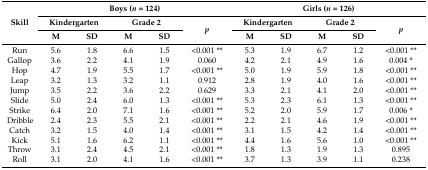
<table><thead><tr><td rowspan="3"><b>Skill</b></td><td colspan="5"><b>Boys (<i>n</i> = 124)</b></td><td colspan="5"><b>Girls (<i>n</i> = 126)</b></td></tr><tr><td colspan="2"><b>Kindergarten</b></td><td colspan="2"><b>Grade 2</b></td><td rowspan="2"><b><i>p</i></b></td><td colspan="2"><b>Kindergarten</b></td><td colspan="2"><b>Grade 2</b></td><td rowspan="2"><b><i>p</i></b></td></tr><tr><td><b>M</b></td><td><b>SD</b></td><td><b>M</b></td><td><b>SD</b></td><td><b>M</b></td><td><b>SD</b></td><td><b>M</b></td><td><b>SD</b></td></tr></thead><tbody><tr><td>Run</td><td>5.6</td><td>1.8</td><td>6.6</td><td>1.5</td><td>&lt;0.001 **</td><td>5.3</td><td>1.9</td><td>6.7</td><td>1.2</td><td>&lt;0.001 **</td></tr><tr><td>Gallop</td><td>3.6</td><td>2.2</td><td>4.1</td><td>1.9</td><td>0.060</td><td>4.2</td><td>2.1</td><td>4.9</td><td>1.6</td><td>0.004 *</td></tr><tr><td>Hop</td><td>4.7</td><td>1.9</td><td>5.5</td><td>1.7</td><td>&lt;0.001 **</td><td>5.0</td><td>1.9</td><td>5.9</td><td>1.8</td><td>&lt;0.001 **</td></tr><tr><td>Leap</td><td>3.2</td><td>1.3</td><td>3.2</td><td>1.1</td><td>0.912</td><td>2.8</td><td>1.9</td><td>4.0</td><td>1.6</td><td>&lt;0.001 **</td></tr><tr><td>Jump</td><td>3.5</td><td>2.2</td><td>3.6</td><td>2.2</td><td>0.629</td><td>3.3</td><td>2.1</td><td>4.1</td><td>2.0</td><td>&lt;0.001 **</td></tr><tr><td>Slide</td><td>5.0</td><td>2.4</td><td>6.0</td><td>1.3</td><td>&lt;0.001 **</td><td>5.3</td><td>2.3</td><td>6.1</td><td>1.3</td><td>&lt;0.001 **</td></tr><tr><td>Strike</td><td>6.4</td><td>2.0</td><td>7.1</td><td>1.6</td><td>&lt;0.001 **</td><td>5.2</td><td>2.0</td><td>5.9</td><td>1.7</td><td>0.006 *</td></tr><tr><td>Dribble</td><td>2.4</td><td>2.3</td><td>5.5</td><td>2.1</td><td>&lt;0.001 **</td><td>2.2</td><td>2.1</td><td>4.6</td><td>1.9</td><td>&lt;0.001 **</td></tr><tr><td>Catch</td><td>3.2</td><td>1.5</td><td>4.0</td><td>1.4</td><td>&lt;0.001 **</td><td>3.1</td><td>1.5</td><td>4.2</td><td>1.4</td><td>&lt;0.001 **</td></tr><tr><td>Kick</td><td>5.1</td><td>1.6</td><td>6.2</td><td>1.1</td><td>&lt;0.001 **</td><td>4.4</td><td>1.6</td><td>5.6</td><td>1.0</td><td>&lt;0.001 **</td></tr><tr><td>Throw</td><td>3.1</td><td>2.4</td><td>4.5</td><td>2.1</td><td>&lt;0.001 **</td><td>1.8</td><td>1.3</td><td>1.9</td><td>1.3</td><td>0.895</td></tr><tr><td>Roll</td><td>3.1</td><td>2.0</td><td>4.1</td><td>1.6</td><td>&lt;0.001 **</td><td>3.7</td><td>1.3</td><td>3.9</td><td>1.1</td><td>0.238</td></tr></tbody></table>